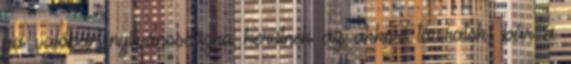
ha valóban nyilvánosságra kerülnek az akkori táviratok, bár a